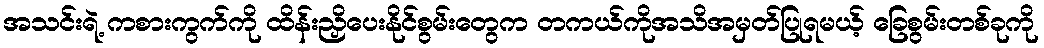
အသင်းရဲ့ ကစားကွက်ကို ထိန်းညှိပေးနိုင်စွမ်းတွေက တကယ်ကိုအသိအမှတ်ပြုရမယ့် ခြေစွမ်းတစ်ခုကို